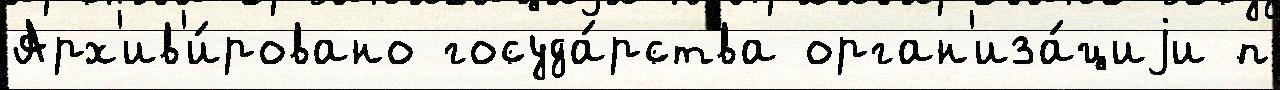
Арх'ив'и́ровано госуда́рства орган'иза́циjи п